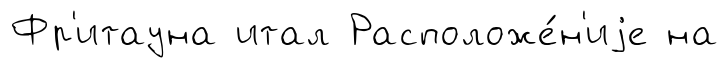
Фр'итауна итал Расположе́н'иjе на